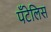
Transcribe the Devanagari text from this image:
पँटेलिस